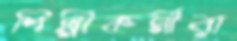
শিল্পীকর্মীরা